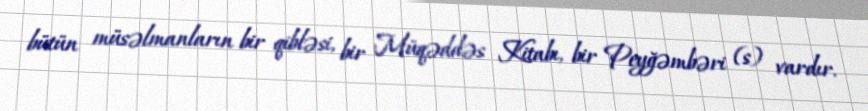
bütün müsəlmanların bir qibləsi, bir Müqəddəs Kitabı, bir Peyğəmbəri (s) vardır.